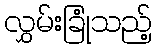
လွှမ်းခြုံသည့်